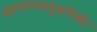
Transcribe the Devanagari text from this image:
अष्टमानसपुत्रांपैकी